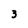
Character: 3